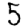
Digit: 5